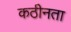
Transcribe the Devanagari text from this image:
कठीनता